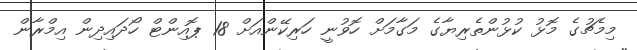
މިމެޗުގެ މޮޅު ކުޅުންތެރިޔާގެ މަގާމަށް ހޮވުނީ ހަރިކޭންއަށް 18 ޕޮއިންޓް ހޯދައިދިން އިމްރާން